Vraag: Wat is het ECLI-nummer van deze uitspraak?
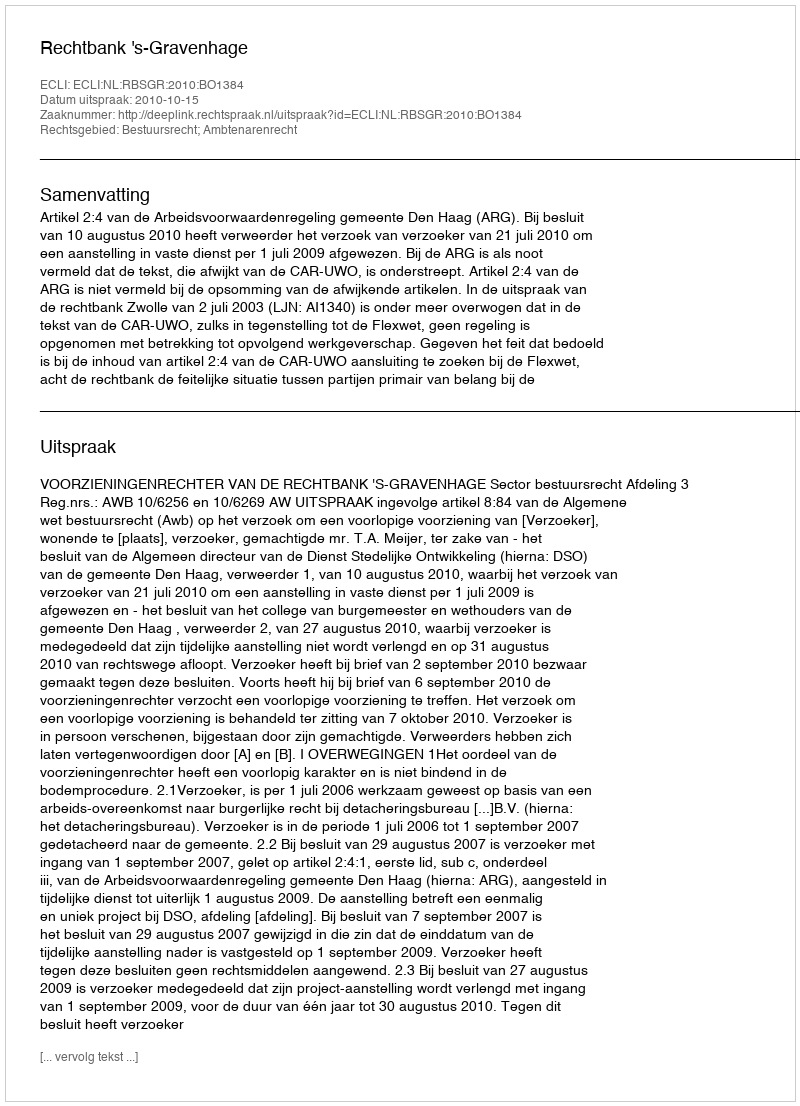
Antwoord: ECLI:NL:RBSGR:2010:BO1384